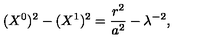
( X ^ { 0 } ) ^ { 2 } - ( X ^ { 1 } ) ^ { 2 } = \frac { r ^ { 2 } } { a ^ { 2 } } - \lambda ^ { - 2 } ,